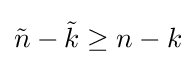
{\tilde {n}}-{\tilde {k}}\geq n-k